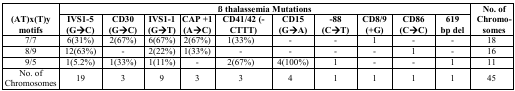
| <ROWSPAN=2> (AT)x(T)y motifs | <COLSPAN=10> β thalassemia Mutations | <ROWSPAN=2> No. of Chromosomes |
 | IVS1-5 (G→C) | CD30 (G→C) | IVS1-1 (G→T) | CAP +1 (A→C) | CD41/42 (-CTTT) | CD15 (G→A) | −88 (C→T) | CD8/9 (+G) | CD86 (C→C) | 619 bp del |
 | --- | --- | --- | --- | --- | --- | --- | --- | --- | --- | --- | --- |
 | 7/7 | 6(31%) | 2(67%) | 6(67%) | 2(67%) | 1(33%) | - | - | 1 | - | - | 18 |
 | 8/9 | 12(63%) | - | 2(22%) | 1(33%) | - | - | - | - | 1 | - | 16 |
 | 9/5 | 1(5.2%) | 1(33%) | 1(11%) | - | 2(67%) | 4(100%) | 1 | - | - | 1 | 11 |
 | No. of Chromosomes | 19 | 3 | 9 | 3 | 3 | 4 | 1 | 1 | 1 | 1 | 45 |